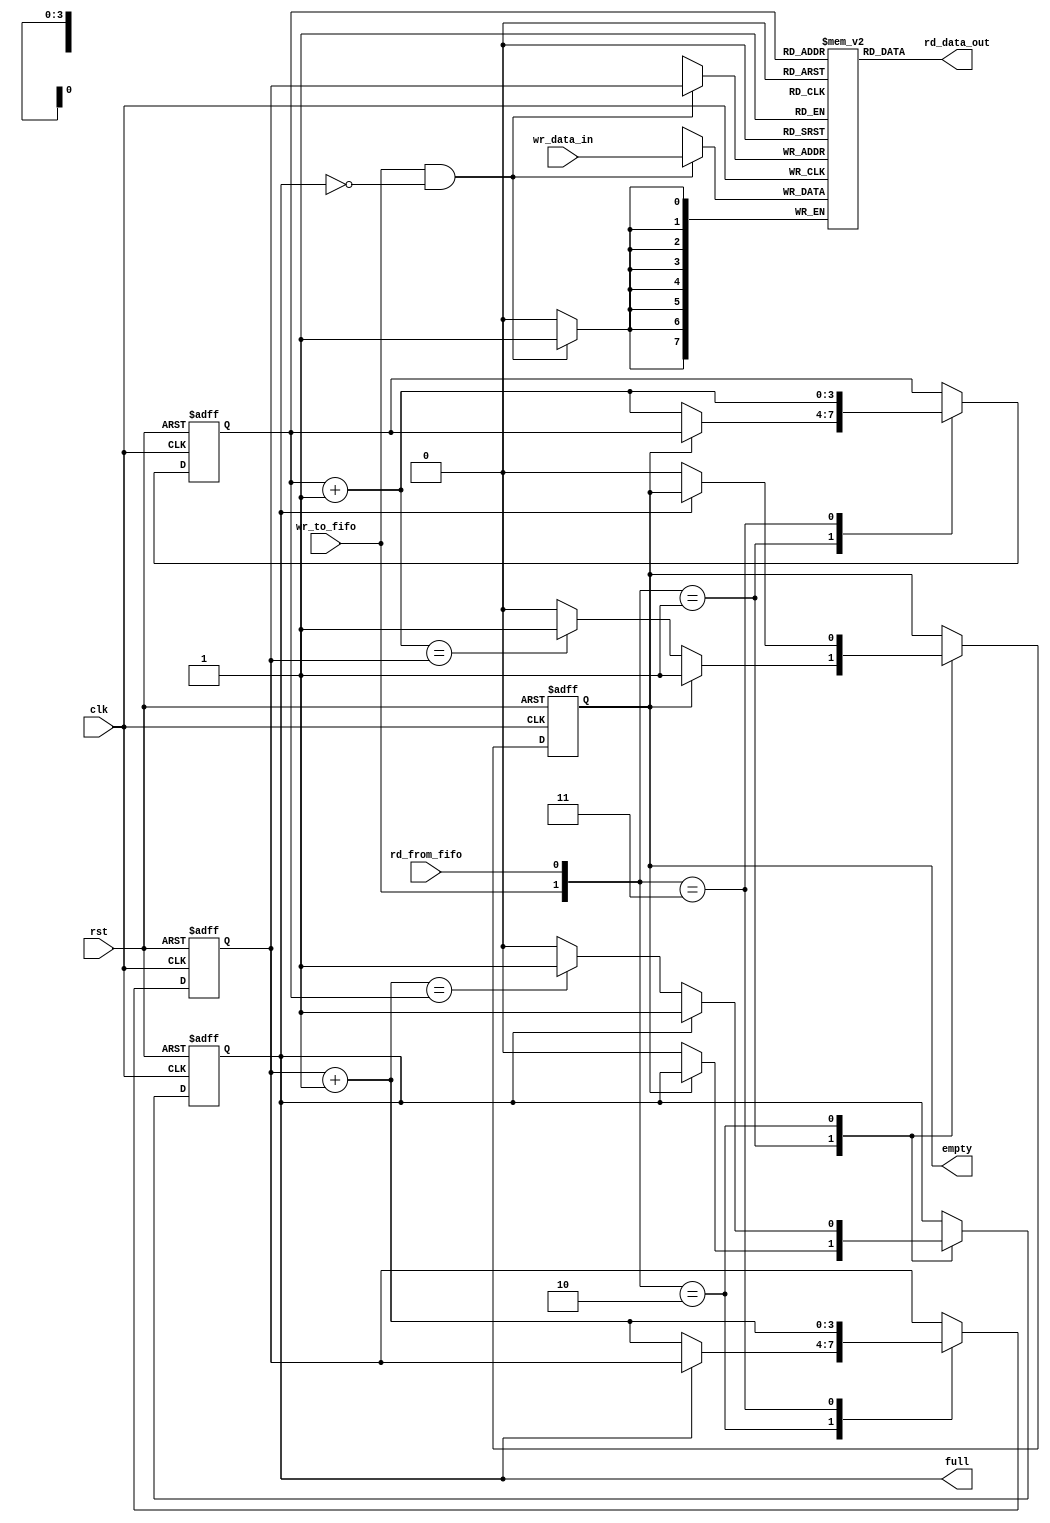
`timescale 1ns / 1ps
//////////////////////////////////////////////////////////////////////////////////
// Company: 
// Engineer: 
// 
// Design Name: 
// Module Name: fifo
// Project Name: 
// Target Devices: 
// Tool Versions: 
// Description: 
// 
// Dependencies: 
// 
// Revision:
// Revision 0.01 - File Created
// Additional Comments:
// 
//////////////////////////////////////////////////////////////////////////////////


module fifo #(parameter DATA_SIZE = 8, ADDR_SIZE_EXP = 4)(
    input  clk, rst,
    input  rd_from_fifo, wr_to_fifo,
    input  [DATA_SIZE-1:0] wr_data_in,
    output [DATA_SIZE-1:0] rd_data_out,
    output empty, full
    );
    
    //Memory reg bank RAM
    reg [DATA_SIZE-1:0] mem [2**ADDR_SIZE_EXP-1:0];
    
    reg [ADDR_SIZE_EXP-1:0] curr_wr_addr, curr_wr_addr_buff, next_wr_addr;
    reg [ADDR_SIZE_EXP-1:0] curr_rd_addr, curr_rd_addr_buff, next_rd_addr;
    reg fifo_full, fifo_empty, full_buff, empty_buff;
    wire write_en;
    
    
    //Memory Write
    always @(posedge clk)
        if(write_en) mem[curr_wr_addr] <= wr_data_in;
        
    //Memory Read
    assign rd_data_out = mem[curr_rd_addr];   
    
    //reite_en active when write_to_fifo active AND fifo is not full
    assign write_en = wr_to_fifo & (~fifo_full);
    
    
    /////////////////////////////////////////////////////////
    always @(posedge clk or posedge rst)
        if (rst) begin
            curr_wr_addr <= 0;
            curr_rd_addr <= 0;
            fifo_full    <= 1'b0; //not full
            fifo_empty   <= 1'b1; //empty
        end
        else begin
            curr_wr_addr <= curr_wr_addr_buff;
            curr_rd_addr <= curr_rd_addr_buff;
            fifo_full    <= full_buff; 
            fifo_empty   <= empty_buff;
        end
    
    always @ (*) begin
        next_wr_addr = curr_wr_addr + 1;
        next_rd_addr = curr_rd_addr + 1;
        
        // default: keep old values
		curr_wr_addr_buff = curr_wr_addr;
		curr_rd_addr_buff = curr_rd_addr;
		full_buff  = fifo_full;
		empty_buff = fifo_empty;
		
		//Condition on Write-Read enable 
		case({wr_to_fifo, rd_from_fifo})
		  //2'b00: //No enable signal!--> Do nothing
		  2'b01: //Read enabled
		      if(~fifo_empty) begin                   //Some data is present in FIFO
		          curr_rd_addr_buff = next_rd_addr;
		          full_buff = 1'b0;                   //After read, FIFO not full
		          if(next_rd_addr == curr_wr_addr)    //Empty Condition
		              empty_buff = 1'b1; 
		      end
		      
		  2'b10: //Write enabled
		      if(~fifo_full) begin                     //Some space is present in FIFO to write
		          curr_wr_addr_buff = next_wr_addr;
		          empty_buff = 1'b0;                   //After write, FIFO not empty
		          if(next_wr_addr == curr_rd_addr)     //Full Condition
		              full_buff = 1'b1; 
		      end
		      
		  2'b11: //Both Write and Read enabled
		      begin
		      curr_wr_addr_buff = next_wr_addr;
		      curr_rd_addr_buff = next_rd_addr;
		      end
		endcase
    end
    
    //Output
    assign full  = fifo_full;
    assign empty = fifo_empty;
endmodule